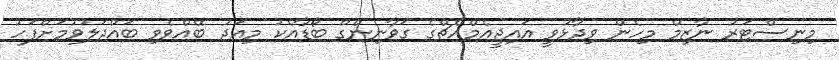
މިނިސްޓަރު ނާޒިމް މިހެން ވިދާޅުވީ އައިޖީއެމްއެޗްގެ ގަވާނިންގް ބޯޑާއެކު މިއަދު ބޭއްވެވި ބައްދަލުވުމަށްފަހު